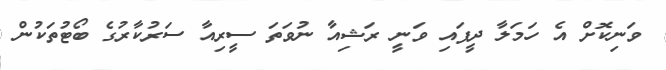
ވަނިކޮށް އެ ހަމަލާ ދީފައި ވަނީ ރަޝިއާ ނުވަތަ ސީރިއާ ސަރުކާރުގެ ބޯޓުތަކުން